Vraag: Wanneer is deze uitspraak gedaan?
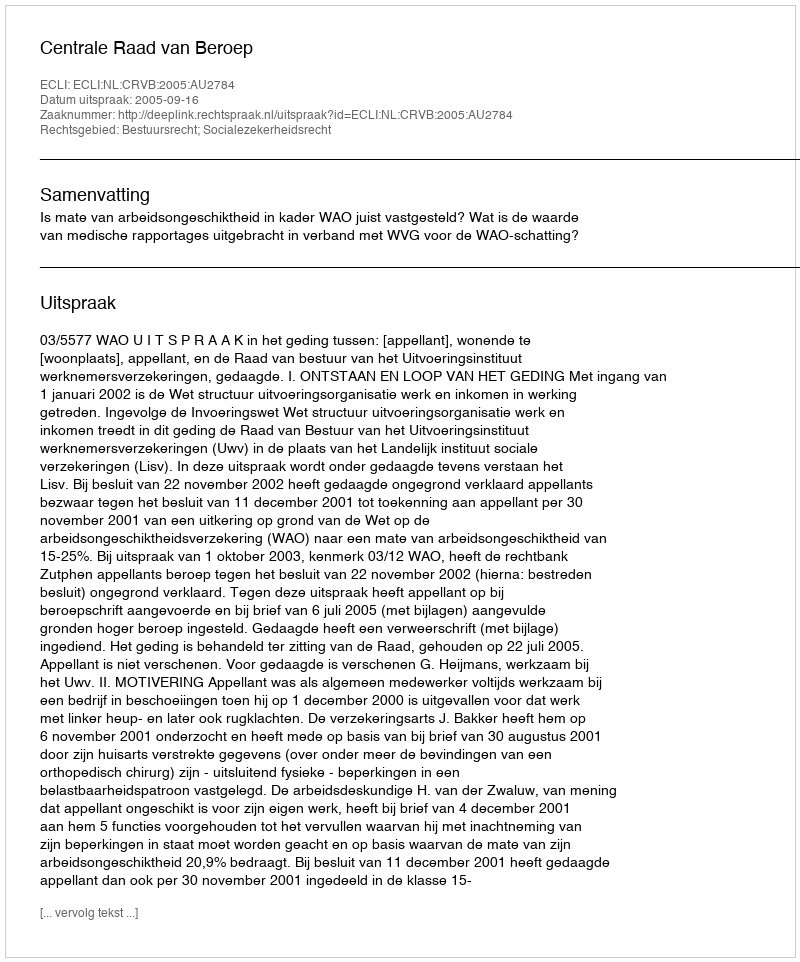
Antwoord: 2005-09-16